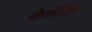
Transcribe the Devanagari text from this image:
केत्तेरिंग